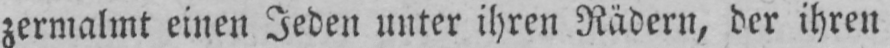
zermalmt einen Jeden unter ihren Rädern, der ihren